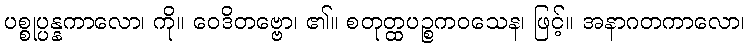
ပစ္စုပ္ပန္နကာလော၊ ကို။ ဝေဒိတဗ္ဗော၊ ၏။ စတုတ္ထပဉ္စကဝသေန၊ ဖြင့်။ အနာဂတကာလော၊